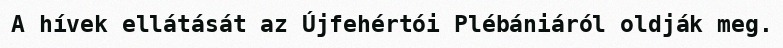
A hívek ellátását az Újfehértói Plébániáról oldják meg.